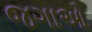
જગાઓ